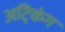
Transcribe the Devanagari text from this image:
अट्किंग